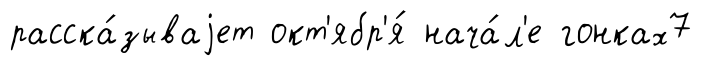
расска́зываjет окт'ябр'я́ нача́л'е гонках7